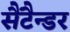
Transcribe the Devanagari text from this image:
सैंटैन्डर